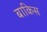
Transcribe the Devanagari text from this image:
बाकिस